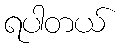
ရပါတယ်